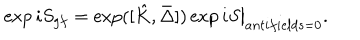
\exp i S _ { g f } = \exp ( [ \hat { K } , \bar { \Delta } ] ) \exp i S \big \vert _ { a n t i f i e l d s = 0 } .